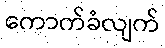
ကောက်ခံလျက်